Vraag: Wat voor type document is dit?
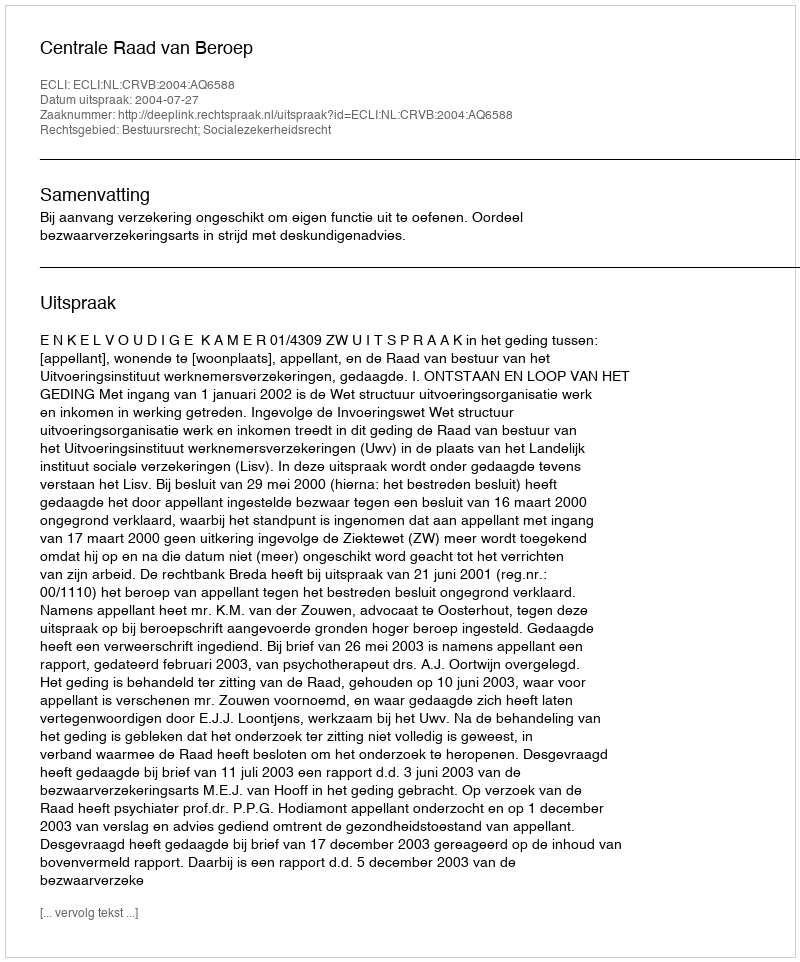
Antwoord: Uitspraak